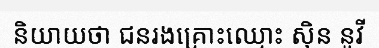
និយាយថា ជនរងគ្រោះឈ្មោះ ស៊ិន នូវី